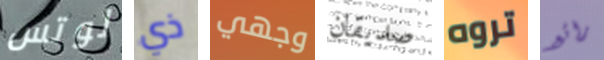
لوتس ذي وجهي صديقان تروه رائع